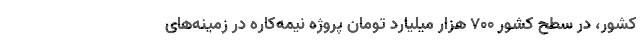
کشور، در سطح کشور ۷۰۰ هزار میلیارد تومان پروژه نیمه‌کاره در زمینه‌های